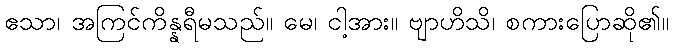
ဧသာ၊ အကြင်ကိန္နရီမသည်။ မေ၊ ငါ့အား။ ဗျာဟိသိ၊ စကားပြောဆို၏။